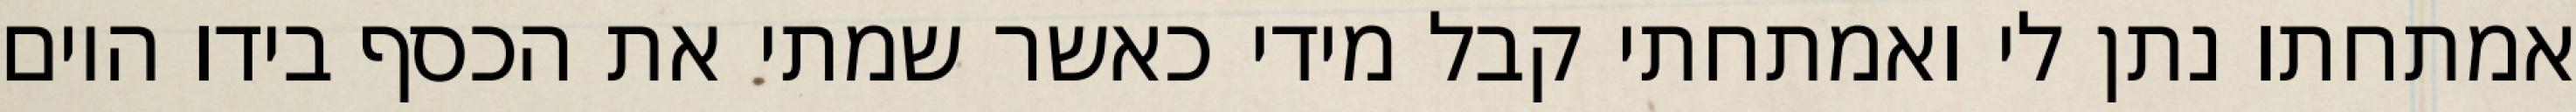
אמתחתו נתן לי ואמתחתי קבל מידי כאשר שמתי את הכסף בידו היום